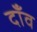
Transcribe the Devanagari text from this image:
दॉंव